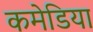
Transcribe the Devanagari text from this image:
कमेडिया